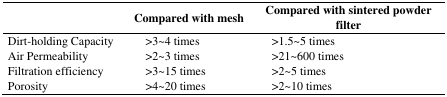
<table><thead><tr><td></td><td><b>Compared with mesh</b></td><td><b>Compared with sintered powder filter</b></td></tr></thead><tbody><tr><td>Dirt-holding Capacity</td><td>&gt;3~4 times</td><td>&gt;1.5~5 times</td></tr><tr><td>Air Permeability</td><td>&gt;2~3 times</td><td>&gt;21~600 times</td></tr><tr><td>Filtration efficiency</td><td>&gt;3~15 times</td><td>&gt;2~5 times</td></tr><tr><td>Porosity</td><td>&gt;4~20 times</td><td>&gt;2~10 times</td></tr></tbody></table>